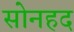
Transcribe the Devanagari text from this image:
सोनहद